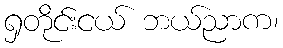
ရှတိုင်းငယ် ဘယ်ညာက၊